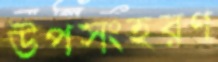
উপসংহরণ